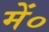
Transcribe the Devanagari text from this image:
में०